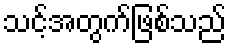
သင့်အတွက်ဖြစ်သည်